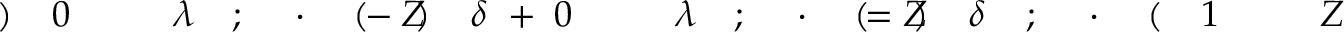
Z \! \! \! \! \! \! \! \! \! \! \! \! _ { \! } \! \! \! \! \! \! \! \! \! \! \! 1 \! \! \! \! \! \! \! \! \! \! \! \! ( \! \! \! \! \! \! \! \! \! \! \! \! \cdot \! \! \! \! \! \! \! \! \! \! \! \! ; \! \! \! \! \! \! \! \! \! \! \! \! \delta \! \! \! \! \! \! \! \! \! \! \! \! ) \! \! \! \! \! \! \! \! \! \! \! \! = Z \! \! \! \! \! \! \! \! \! \! \! \! ( \! \! \! \! \! \! \! \! \! \! \! \! \cdot \! \! \! \! \! \! \! \! \! \! \! \! ; \! \! \! \! \! \! \! \! \! \! \! \! \lambda \! \! \! \! \! \! \! \! \! \! \! \! _ { \! } \! \! \! \! \! \! \! \! \! \! \! 0 \! \! \! \! \! \! \! \! \! \! \! \! + \! \! \! \! \! \! \! \! \! \! \! \! \delta \! \! \! \! \! \! \! \! \! \! \! \! ) \! \! \! \! \! \! \! \! \! \! \! \! - Z \! \! \! \! \! \! \! \! \! \! \! \! ( \! \! \! \! \! \! \! \! \! \! \! \! \cdot \! \! \! \! \! \! \! \! \! \! \! \! ; \! \! \! \! \! \! \! \! \! \! \! \! \lambda \! \! \! \! \! \! \! \! \! \! \! \! _ { \! } \! \! \! \! \! \! \! \! \! \! \! 0 \! \! \! \! \! \! \! \! \! \! \! \! ) \! \! \! \! \! \! \! \! \! \! \!